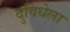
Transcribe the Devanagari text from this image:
दुविधेला